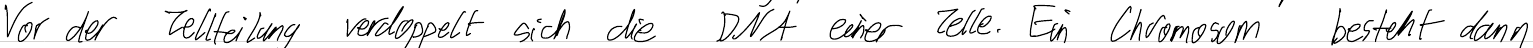
Vor der Zellteilung verdoppelt sich die DNA einer Zelle. Ein Chromosom besteht dann